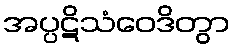
အပ္ပဋိသံဝေဒိတွာ